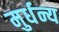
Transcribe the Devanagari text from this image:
मुर्धन्य